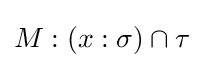
M:(x:\sigma )\cap \tau